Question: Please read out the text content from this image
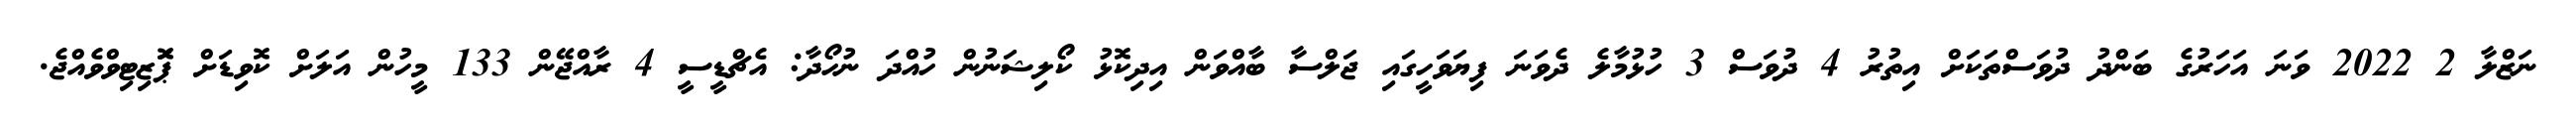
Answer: ނަޒްލާ 2 2022 ވަނަ އަހަރުގެ ބަންދު ދުވަސްތަކަށް އިތުރު 4 ދުވަސް 3 ހުޅުމާލެ ދެވަނަ ފިޔަވަހީގައި ޖަލްސާ ބާއްވަން އިދިކޮޅު ކޯލިޝަނުން ހުއްދަ ނުހޯދާ: އެޗްޑީސީ 4 ރާއްޖޭން 133 މީހުން އަލަށް ކޮވިޑަށް ޕަޮޒިޓިވްވެއްޖެ.